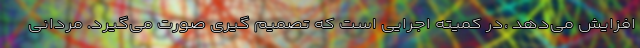
افزایش می‌دهد ،در کمیته اجرایی است که تصمیم گیری صورت می‌گیرد. مردانی